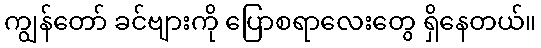
ကျွန်တော် ခင်ဗျားကို ပြောစရာလေးတွေ ရှိနေတယ်။